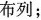
布列；